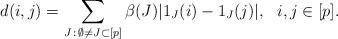
LaTeX: \begin{align*}d(i,j) = \sum_{J\, :\, \emptyset\not=J\subset [p]} \beta(J) | 1_{J}(i) - 1_{J}(j)|,\ \ i,j\in [p].\end{align*}